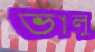
ভালু